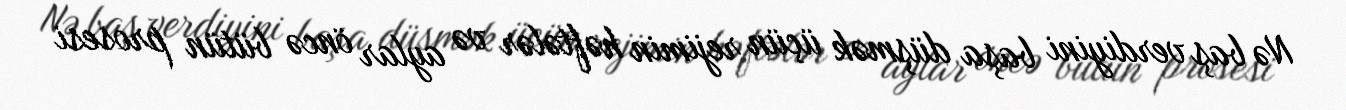
Nə baş verdiyini başa düşmək üçün rejimin həftələr və aylar öncə bütün prosesi